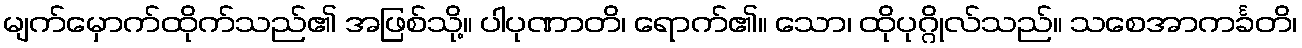
မျက်မှောက်ထိုက်သည်၏ အဖြစ်သို့။ ပါပုဏာတိ၊ ရောက်၏။ သော၊ ထိုပုဂ္ဂိုလ်သည်။ သစေအာကင်္ခတိ၊